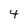
Character: 4